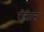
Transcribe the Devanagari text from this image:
रोसास